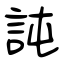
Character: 訰